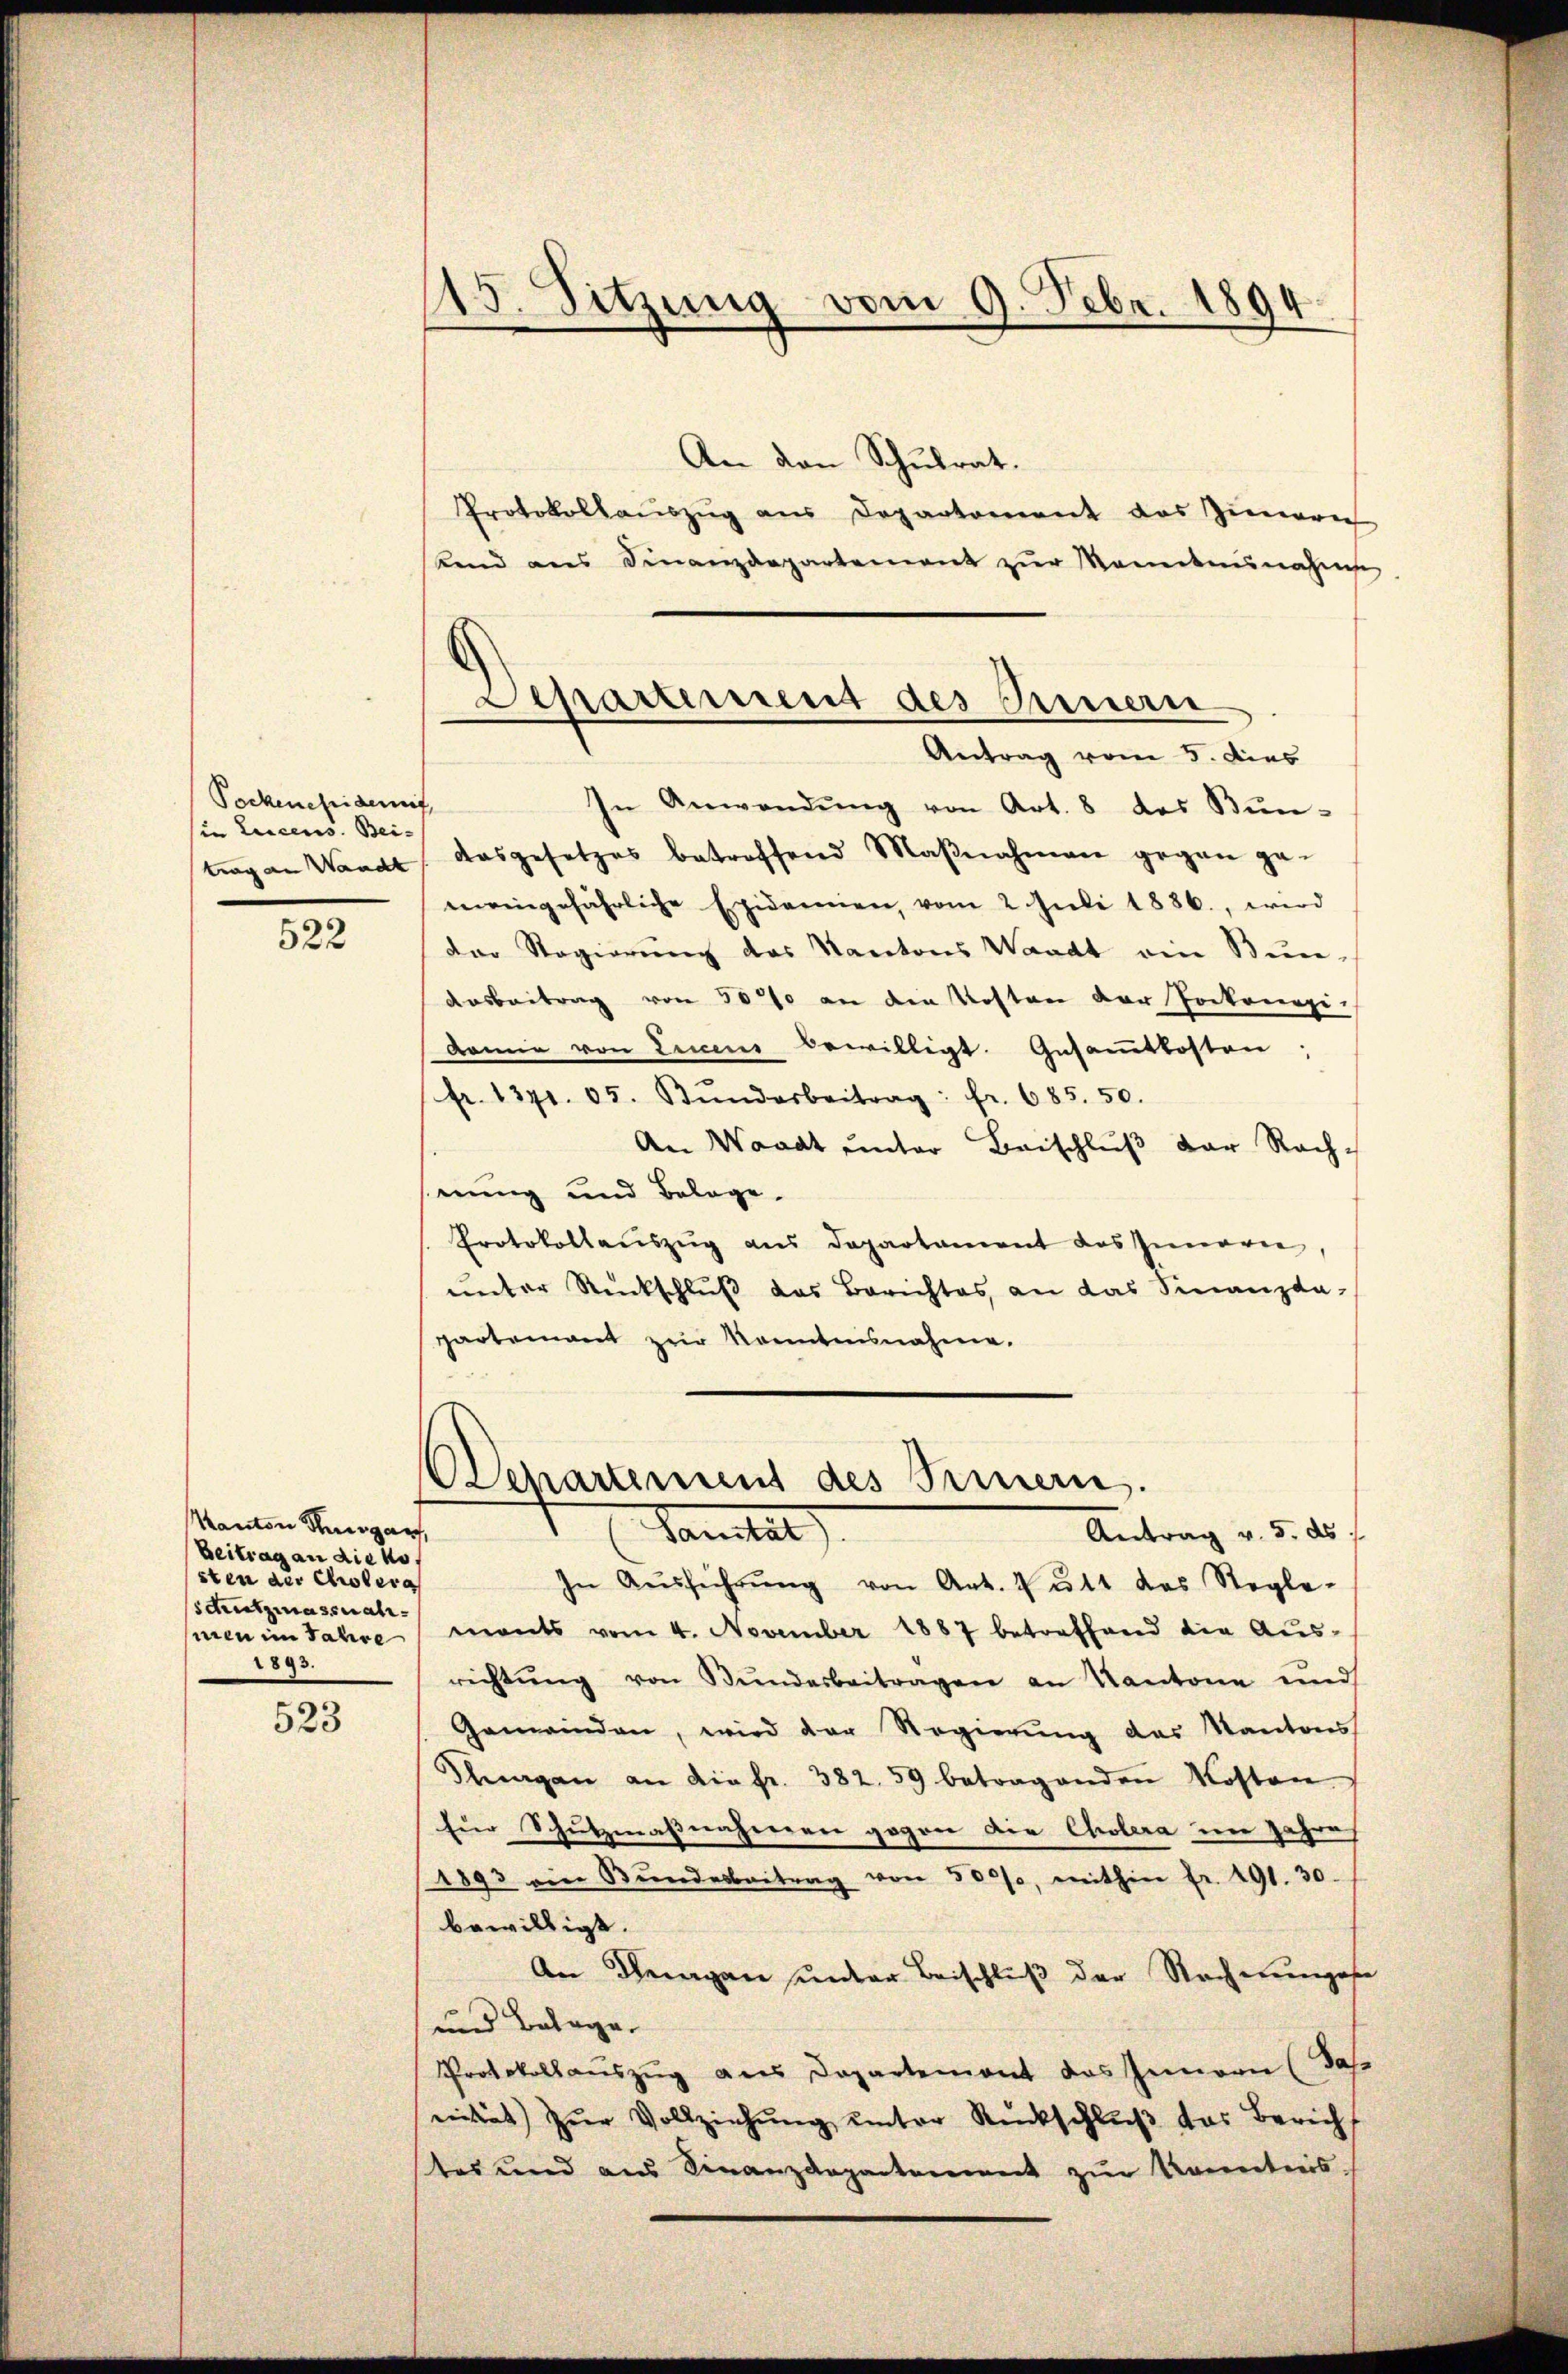
Pockenefidemi
in Lucens. Bei-
trag an Waadt

522

Kanton Thurgau,
Beitrag an die ko
sten der Cholera
scrutzmassnahhmen im Jahre
1893.

523

115. Sitzung vom 9. Febr. 1894.

An den Schulrat.
Protokollauszug aus Departement das Zimerich
bend ans Finanzdepartement zŭr Montannahme.
In Anwendŭng von Art. 8 des Kŭn-
dasgesetzes betreffend Maβnahmen gegen ge-
meingefährliche Epidaren, vom 2 Juli 1886., wird
Der Regierŭng des Kantons Waadt ein Bun-
Ausbeitrag von 500 an den Kosten der Pockenezi-
Armie von Eines bewilligt. Gesamtkosten;
fr. 1371. 65. Bŭndarbeitrag: Fr. 685. 50.
An Waadt unter Beischluß der Rach-
nung und Belage.
Protokollaŭszŭg ans Departament des Innern,
unter Rückschluß das Berichtes an das Finanzda-
partement zur Kenntnisnahme.
Departement des Brinern.
Sanitat
Antrag v. 5. ds
In Aŭsführŭng von Art. V ŭtt das Regle-
mants vom 4. November 1887 betreffend die Aŭs-
richtŭng von Bŭndarbeitragen an Kantone und
Gemeinden, wird der Regierŭng des Kantons
Sluagan an die fr. 382. 59 betragenden Kosten
Eür Schutzmaßnaheeren gegen die Cholera im Jahre
4893 ein Stŭndesbeitrag von 5000, mithin fr. 491. 30.
bewilligt.
An Degen unter Beischluß der Nachengese
und Belage.
Protokollauszug aus Departement das Innern (Jahr
nität zŭr Vollziehŭng unter Rückschluß das Bericht
tes und aus Finanzdepartement zŭr Kenntnis-

Separtement des Innern
Antrag vom 5. dies